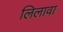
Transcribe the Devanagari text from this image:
लिलावा